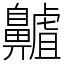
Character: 齇